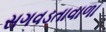
સગવડતાવાળા